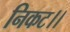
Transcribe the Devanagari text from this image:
निकट।।